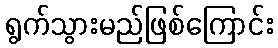
ရွက်သွားမည်ဖြစ်ကြောင်း